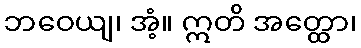
ဘဝေယျ၊ အံ့။ ဣတိ အတ္ထော၊